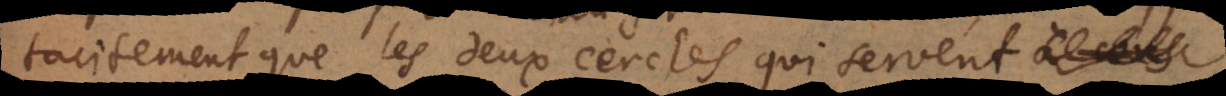
tacitement que les deux cercles qui servent